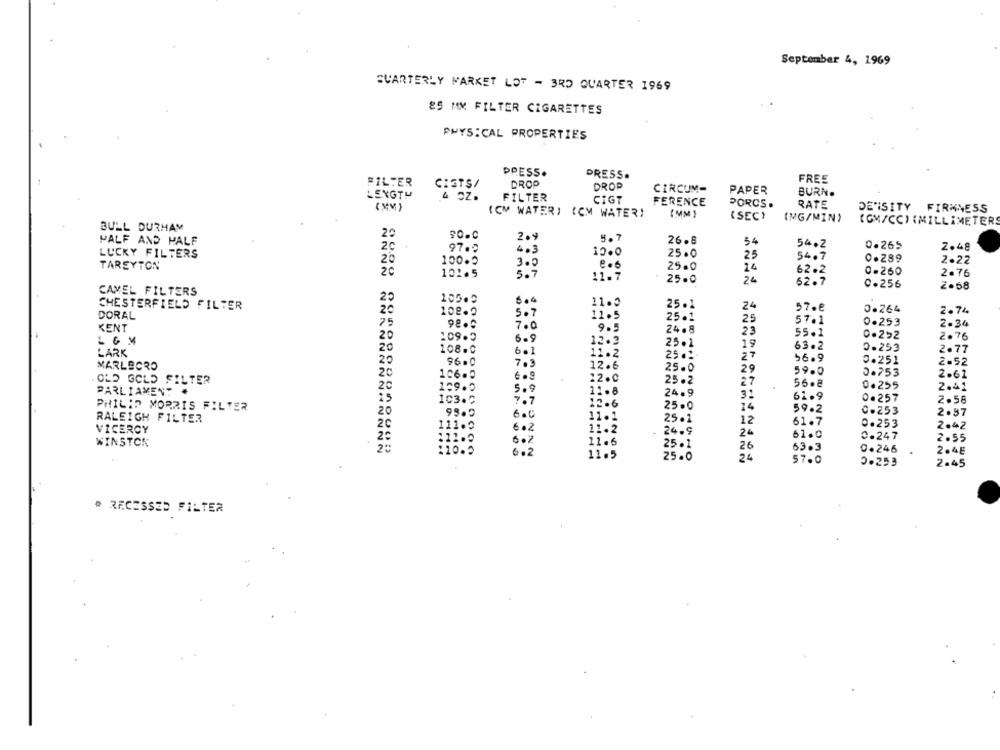
September 4, 1969
SUARTERLY MARKET LOT - 3RD QUARTER 1969
85 MM FILTER CIGARETTES
PHYSICAL PROPERTIES
PPESS.
PRESS.
FREE
FILTER
CISTS/
DROP
DROP
CIRCUM-
LENGTH
PAPER
BURN.
FILTER
CIGT
FERENCE
PORCS.
RATE
DE"ISITY FIRMNESS
(CM WATER) (CM WATER)
(MM)
(SEC)
(MG/MIN)
(GM/CC) {MILLIMETERS
BULL DURHAM
HALF AND HALF
20
20-0
2.9
5.7
26-8
54
+
97.0
54.2
0.265
2.48
LUCKY FILTERS
20
4.3
12.0
25.0
25
20
100.0
54.7
0.289
2.22
TAREYTON
300
e .6
25.0
24
0-260
20
102.5
5.7
11.7
2.76
25.0
24
62.7
0.256
2.58
CAMEL FILTERS
20
105.5
504
CHESTERFIELD FILTER
11.0
25.1
24
57.8
DORAL
20
108.9
5.7
25.1
0.264
2.74
11.5
25
57.1
0.253
KENT
75
98.0
700
9.5
24.8
23
2.34
20
109.3
55.1
0.2>2
2.76
6.9
12.3
25.1
19
63.2
LARK
108.0
6.1
11.2
25 .1
0.253
2.77
96.0
27
56.9
0.251
MARLBORO
20
7.3
12.6
25.0
29
2.52
20
59.0
0.753
2.61
OLD GOLD FILTER
12.0
25.2
27
56.8
PARLIAMENT
20
109.0
5.9
11.8
0.255
2.41
is
24.9
31
61.9
0.257
103.2
7.7
12.6
25.0
14
2.56
PHILIP MORRIS FILTER
20
95.5
59.2
0.253
2.37
RALEIGH FILTER
6.0
11.1
25.1
12
61.7
20
602
11.2
0.253
2.42
VICEROY
20
24.9
24
61.0
C.247
6.2
11.6
2.55
WINSTON
:10.5
25.1
26
63.3
0.246
2.4E
6.2
11.5
25.0
24
57.0
0.253
2.45
# RECESSED FILTER